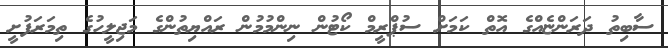
ސާބިތު ދަރަންޏެއްގެ އޮތް ކަމަށް ސުޕްރީމް ކޯޓުން ނިންމުމުން ރައްޔިތުންގެ މަޖިލީހުގެ ތިމަރަފުށީ